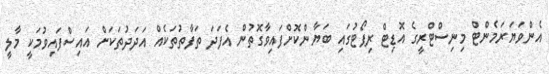
އެންވަޔަރަމެންޓް މިނިސްޓްރީގެ އޮޑިޓް ރިޕޯޓުގައި ބަޔާންކޮށްފައިވާގޮތުން އެފަދަ ތަފާތުތަކެއް އަދަދުތަކަށް އައިސްފައިވުމަކީ މާލީ